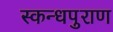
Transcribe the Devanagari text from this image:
स्कन्धपुराण